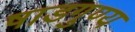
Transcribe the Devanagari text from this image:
षाडगुण्य